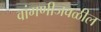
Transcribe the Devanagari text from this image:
वांगणीजवळील